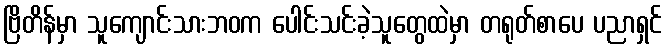
ဗြိတိန်မှာ သူကျောင်းသားဘဝက ပေါင်းသင်းခဲ့သူတွေထဲမှာ တရုတ်စာပေ ပညာရှင်